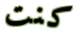
كنت